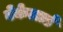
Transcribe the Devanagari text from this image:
बेकेलार्ड